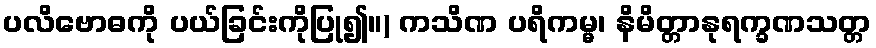
ပလိဗောဓကို ပယ်ခြင်းကိုပြု၍။) ကသိဏ ပရိကမ္မ၊ နိမိတ္တာနုရက္ခဏသတ္တ